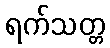
ရက်သတ္တ